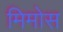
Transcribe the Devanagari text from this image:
मिमोस